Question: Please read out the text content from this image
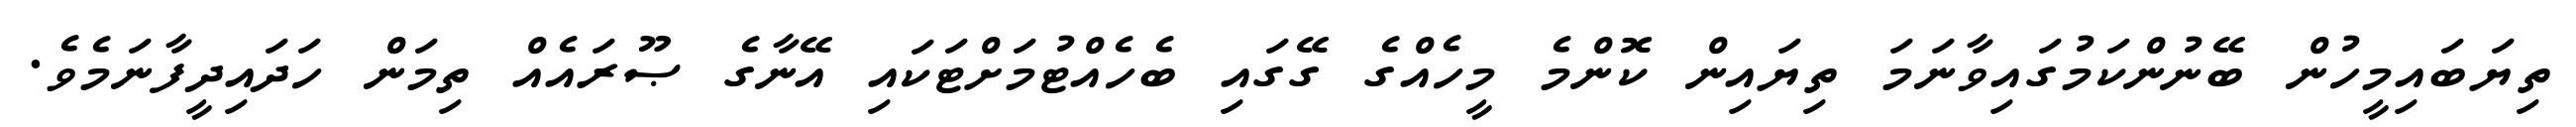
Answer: ތިޔަބައިމީހުން ބޭނުންކަމުގައިވާނަމަ ތިޔައިން ކޮންމެ މީހެއްގެ ގޭގައި ބެހެއްޓުމަށްޓަކައި އޭނާގެ ޞޫރައެއް ތިމަން ހަދައިދީފާނަމެވެ.